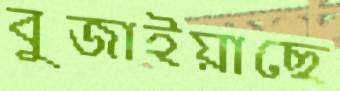
বুজাইয়াছে